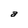
Character: a